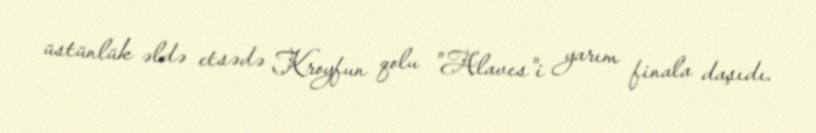
üstünlük əldə etsədə Kroyfun qolu "Alaves"i yarım finala daşıdı.